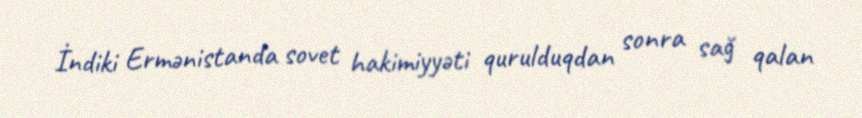
İndiki Ermənistanda sovet hakimiyyəti qurulduqdan sonra sağ qalan